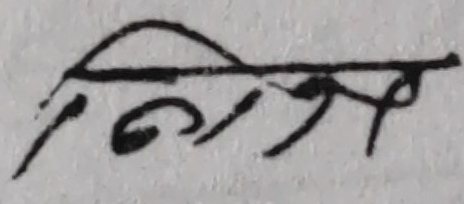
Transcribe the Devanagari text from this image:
विजित्र